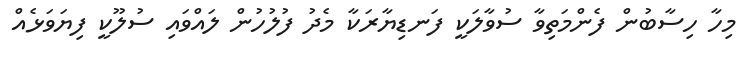
މިހާ ހިސާބުން ފެންމަތިވާ ސުވާލަކީ ފަނޑިޔާރަކާ މެދު ފުލުހުން ލައްވައި ސުލޫކީ ފިޔަވަޅެއް